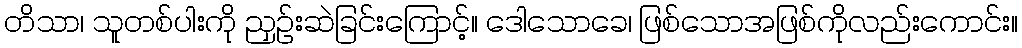
တိသာ၊ သူတစ်ပါးကို ညှဉ်းဆဲခြင်းကြောင့်။ ဒေါသောခေ၊ ဖြစ်သောအဖြစ်ကိုလည်းကောင်း။